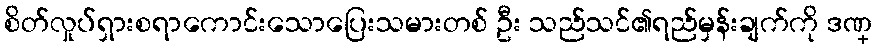
စိတ်လှုပ်ရှားစရာကောင်းသောပြေးသမားတစ် ဦး သည်သင်၏ရည်မှန်းချက်ကို ဒဏ္